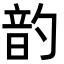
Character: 䪨